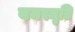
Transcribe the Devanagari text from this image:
यमस्मृति